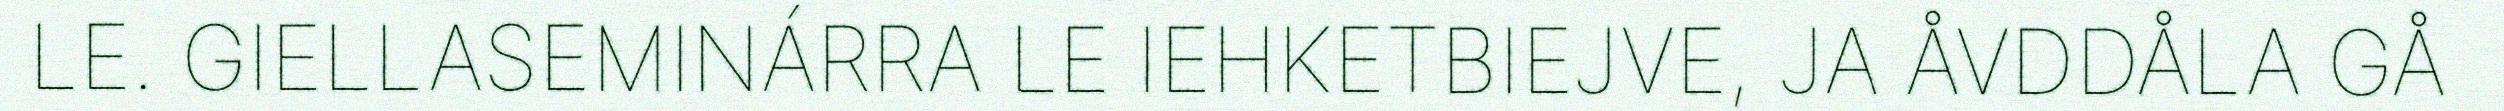
LE. GIELLASEMINÁRRA LE IEHKETBIEJVE, JA ÅVDDÅLA GÅ